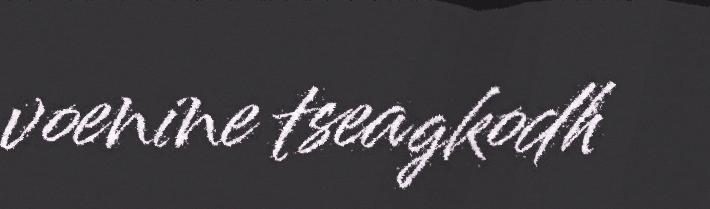
voenine tseagkodh